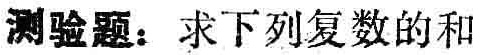
测验题：求下列复数的和